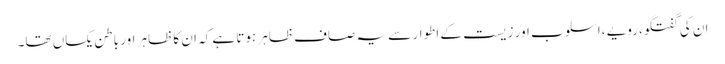
ان کی گفتگو،رویے ،اسلوب اور زیست کے اطوار سے یہ صاف ظاہر ہوتا ہے کہ ان کا ظاہر اور باطن یکساں تھا۔